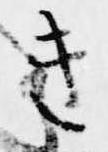
き